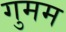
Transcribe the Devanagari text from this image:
गुमम